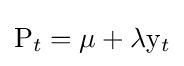
\mathrm {P} _{t}=\mu +\lambda \mathrm {y} _{t}